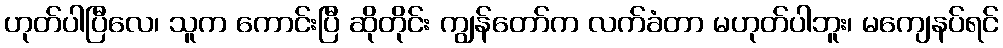
ဟုတ်ပါပြီလေ၊ သူက ကောင်းပြီ ဆိုတိုင်း ကျွန်တော်က လက်ခံတာ မဟုတ်ပါဘူး၊ မကျေနပ်ရင်